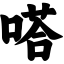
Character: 嗒